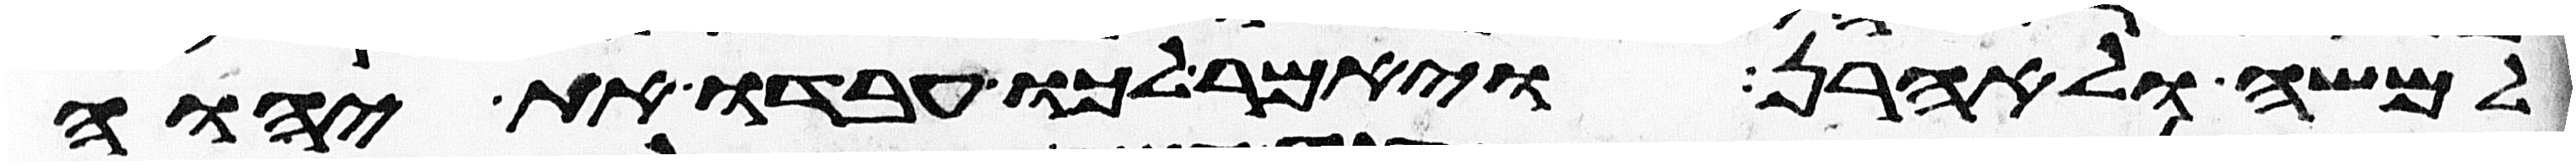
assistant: למשה ולאהרן ויאמר לכו עבדו את יהוה